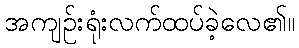
အကျဉ်းရုံးလက်ထပ်ခဲ့လေ၏။